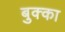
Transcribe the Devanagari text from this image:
बुक्‍का